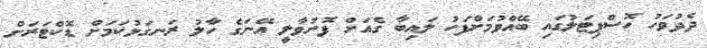
ދެދުވަހު ހޮސްޕިޓަލުގައި ބޭއްވުމަށްފަހު ލައިބާ ގެއަށް ފޮނުވާލީ އޭނަގެ ހާލު ރަނގަޅުކަމަށް ޑޮކްޓަރަށް